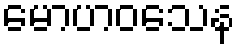
မောဟဝသေန